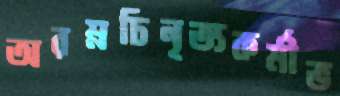
অরম্নচিনৃত্যকর্মীভ